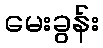
မေးခွန်း